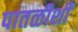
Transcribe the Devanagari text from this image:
पातळीशीं